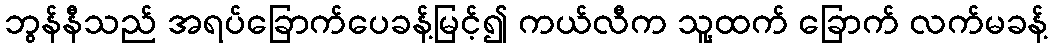
ဘွန်နီသည် အရပ်ခြောက်ပေခန့်မြင့်၍ ကယ်လီက သူ့ထက် ခြောက် လက်မခန့်